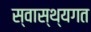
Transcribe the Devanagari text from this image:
स्वास्थ्यगत